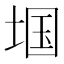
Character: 𱖺